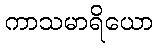
ကာသမာရိယော